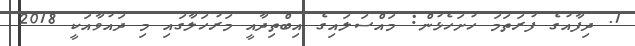
1. ދިފާއުގެ ފުރަތަމަ ހުށަހެޅުން: މައްސަލައިގެ އިބްތިދާއީ މަރުހަލާގައި މި ދައުވާއަކީ 2018